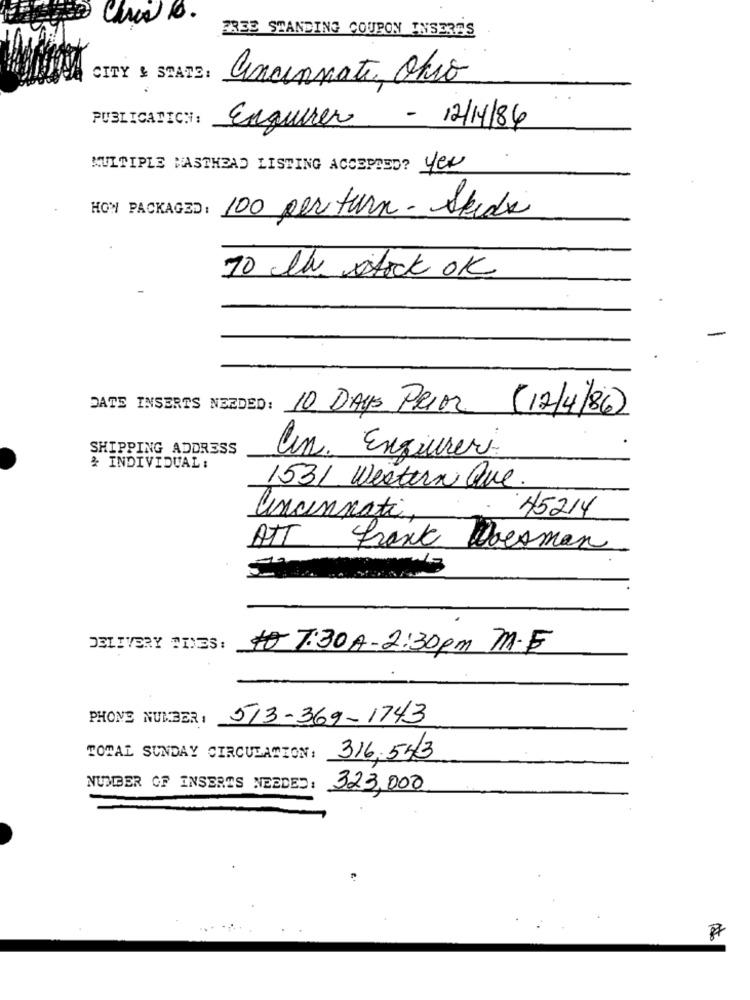
FREE STANDING COUPON INSERES
CITY & STATE:
anannate, Ohio
PUBLICATICH:
Enquirer - 12/1/84
MULTIPLE WASTHEAD LISTING ACCEPTED? yer
HOW PACKAGED:
100 per turn - Skidk
To the stock OK
DATE INSERTS NEEDED: 10 DAYS PRIOR (12/4/86)
SHIPPING ADDRESS
Un. Engeureri
& INDIVIDUAL :
1531 Western Que.
Cincinnati,
45214
ATT
Frank Doesman
DELIVERY TIES: to 7:30 A-2:30 pm M.F
PHONE NUMBER :
513-369-1743
TOTAL SUNDAY CIRCULATION: 316.543
NUMBER OF INSERTS NEEDED:
323,000